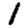
Digit: 1